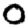
Digit: 0